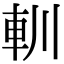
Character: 䡅